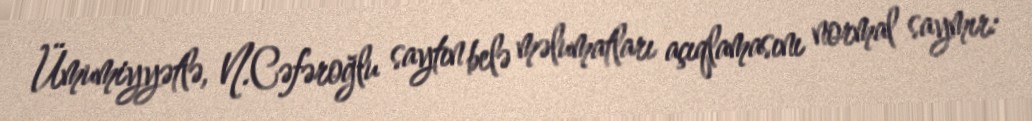
Ümumiyyətlə, N.Cəfəroğlu saytın belə məlumatları açıqlamasını normal saymır: